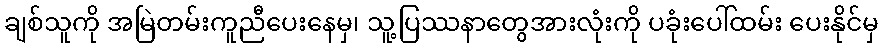
ချစ်သူကို အမြဲတမ်းကူညီပေးနေမှ၊ သူ့ပြဿနာတွေအားလုံးကို ပခုံးပေါ်ထမ်း ပေးနိုင်မှ